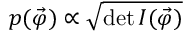
p ( { \vec { \varphi } } ) \propto { \sqrt { \operatorname* { d e t } I ( { \vec { \varphi } } ) } }